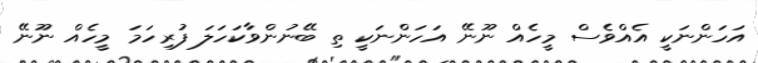
އަހަންނަކީ އެއްވެސް މީހެއް ނޫނޭ އަހަންނަކީ ތި ބޭނުންވާކަހަލަ ފުރިހަމަ މީހެއް ނޫނޭ